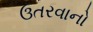
ઉતરવાનો